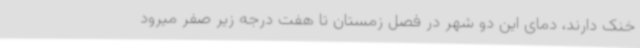
خنک دارند، دمای این دو شهر در فصل زمستان تا هفت درجه زیر صفر میرود